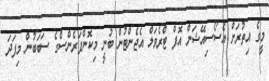
މީގެ އިތުރަށް އެސޯސިއޭޝަން އޮފް ޓްރެވަލް އެޖެންޓުން ބުނީ މިކޮންފަރެންސްގެ ސަބަބުން މިފަދަ